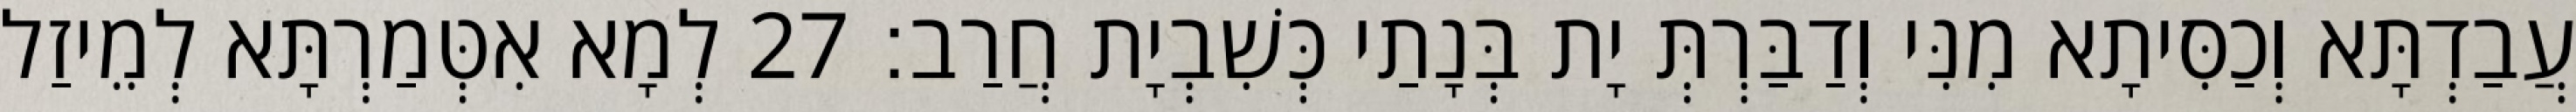
עֲבַדְתָּא וְכַסִּיתָא מִנִּי וְדַבַּרְתְּ יָת בְּנָתַי כְּשִׁבְיָת חֲרַב׃ 27 לְמָא אִטְּמַרְתָּא לְמֵיזַל